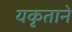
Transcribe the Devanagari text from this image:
यकृताने